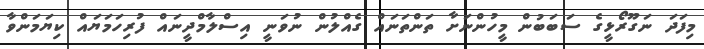
މިފަދަ ނަގޫރޯޅީގެ ސަބަބުން މީހުންނަށާ ތަންތަނައް ގެއްލުން ނުވަނީ އިސްލާމްދީނައް ފުރިހަމަޔައް ކިޔަމަންވާ